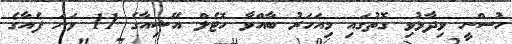
ހުސްނީ ވިދާޅުވި ގޮތުގައި މިއަހަރު ބާއްވާ ހޮޓެލް އޭޝިއާގެ 11 ވަނަ ފެއާގެ